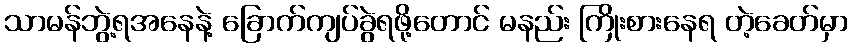
သာမန်ဘွဲ့ရအနေနဲ့ ခြောက်ကျပ်ခွဲရဖို့တောင် မနည်း ကြိုးစားနေရ တဲ့ခေတ်မှာ